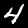
Digit: 4